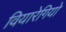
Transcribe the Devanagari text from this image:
वियारेगियो